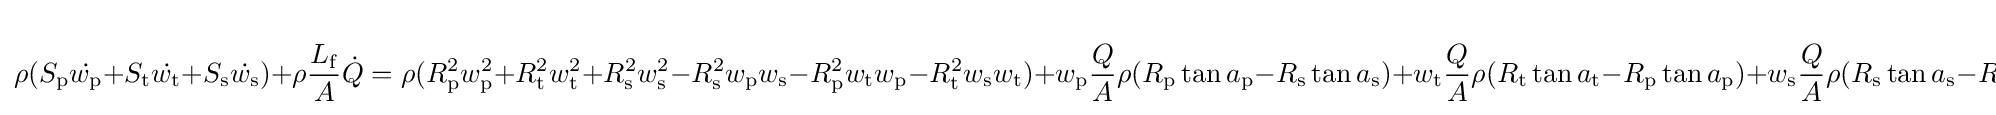
\rho (S_{\mathrm {p} }{\dot {w_{\mathrm {p} }}}+S_{\mathrm {t} }{\dot {w_{\mathrm {t} }}}+S_{\mathrm {s} }{\dot {w_{\mathrm {s} }}})+\rho {\frac {L_{\mathrm {f} }}{A}}{\dot {Q}}=\rho (R_{\mathrm {p} }^{2}w_{\mathrm {p} }^{2}+R_{\mathrm {t} }^{2}w_{\mathrm {t} }^{2}+R_{\mathrm {s} }^{2}w_{\mathrm {s} }^{2}-R_{\mathrm {s} }^{2}w_{\mathrm {p} }w_{\mathrm {s} }-R_{\mathrm {p} }^{2}w_{\mathrm {t} }w_{\mathrm {p} }-R_{\mathrm {t} }^{2}w_{\mathrm {s} }w_{\mathrm {t} })+w_{\mathrm {p} }{\frac {Q}{A}}\rho (R_{\mathrm {p} }\tan {a_{\mathrm {p} }}-R_{\mathrm {s} }\tan {a_{\mathrm {s} }})+w_{\mathrm {t} }{\frac {Q}{A}}\rho (R_{\mathrm {t} }\tan {a_{\mathrm {t} }}-R_{\mathrm {p} }\tan {a_{\mathrm {p} }})+w_{\mathrm {s} }{\frac {Q}{A}}\rho (R_{\mathrm {s} }\tan {a_{\mathrm {s} }}-R_{\mathrm {t} }\tan {a_{\mathrm {t} }})-P_{L}